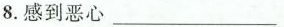
8.感到恶心___